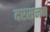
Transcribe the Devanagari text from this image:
दरसनन